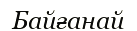
Байғанай